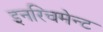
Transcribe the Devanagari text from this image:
इनरिचमेन्ट